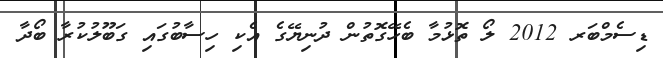
ޑިސެމްބަރ 2012 ލޯ ތޮޅުމާ ބެހޭގޮތުން ދުނިޔޭގެ އެކި ހިސާބުގައި ގަބޫލުކުރާ ބޯދާ